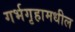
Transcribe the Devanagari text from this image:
गर्भगृहामधील